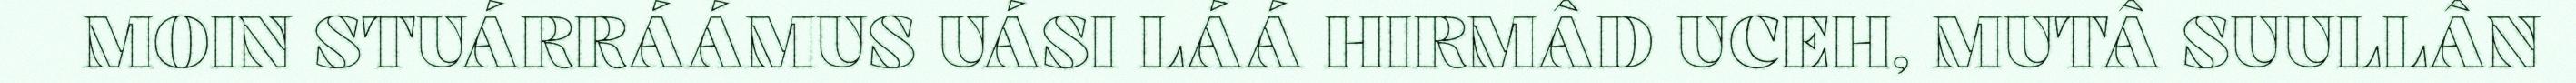
MOIN STUÁRRÁÁMUS UÁSI LÁÁ HIRMÂD UCEH, MUTÂ SUULLÂN